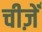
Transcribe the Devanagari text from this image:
चीज़ेँ